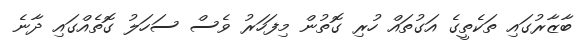
ބާޒާރުގައި ތަކެތީގެ އަގުތައް ހުރި ގޮތުން މިފަހަރު ވެސް ސަހަލު ގޮތެއްގައި ދާނެ